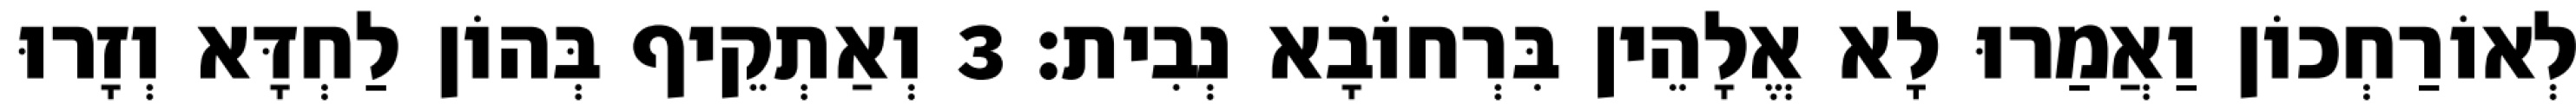
לְאוֹרַחְכוֹן וַאֲמַרוּ לָא אֱלָהֵין בִּרְחוֹבָא נְבִית׃ 3 וְאַתְקֵיף בְּהוֹן לַחְדָּא וְזָרוּ